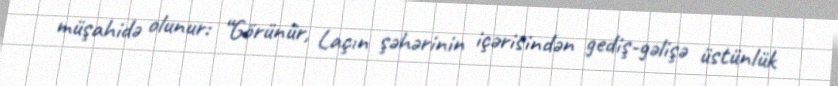
müşahidə olunur: “Görünür, Laçın şəhərinin içərisindən gediş-gəlişə üstünlük